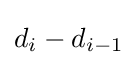
d_{i}-d_{i-1}